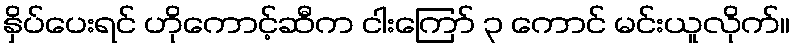
နှိပ်ပေးရင် ဟိုကောင့်ဆီက ငါးကြော် ၃ ကောင် မင်းယူလိုက်။